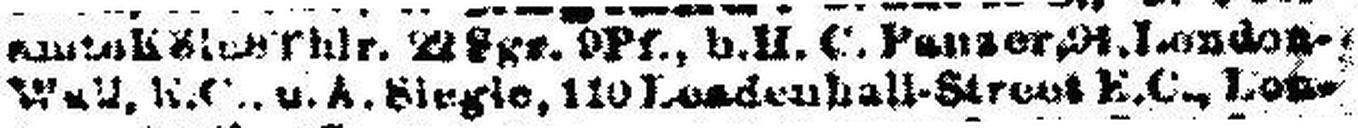
Wall, B. C., u. A. Siegle, 110 Lendenhall-Street E. C., Lon¬